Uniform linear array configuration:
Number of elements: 48
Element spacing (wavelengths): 0.25
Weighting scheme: binomial
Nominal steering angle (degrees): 15
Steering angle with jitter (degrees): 13.486
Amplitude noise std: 0.05
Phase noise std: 0.05

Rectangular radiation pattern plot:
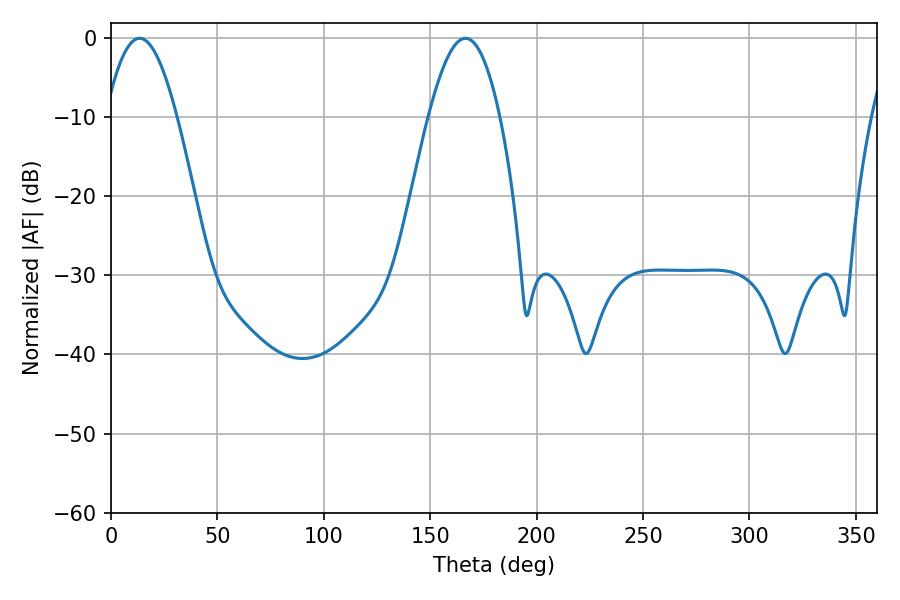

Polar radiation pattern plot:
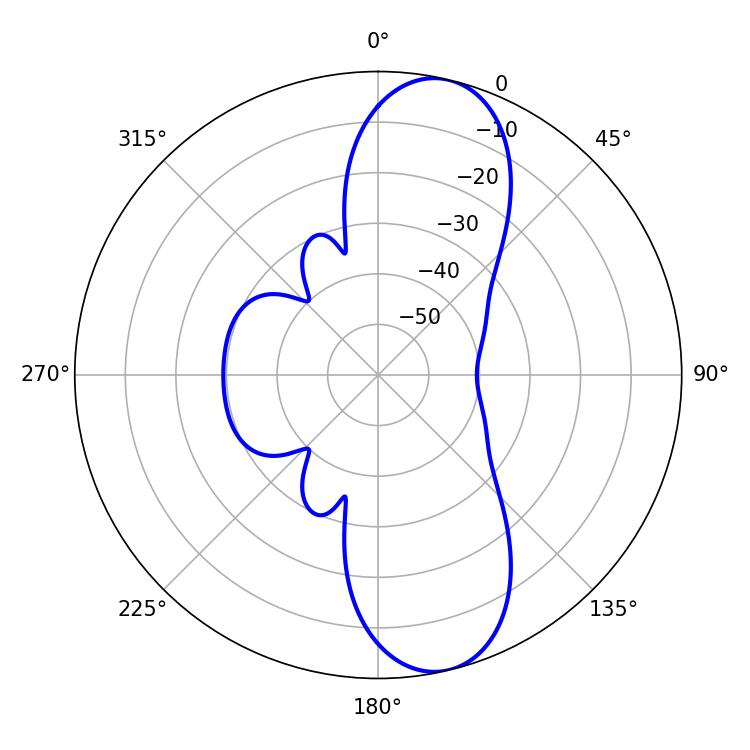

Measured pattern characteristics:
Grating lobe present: FALSE
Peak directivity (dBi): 10.888
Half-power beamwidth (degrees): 18.18
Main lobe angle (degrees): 13.5